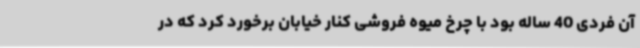
آن فردی 40 ساله بود با چرخ میوه فروشی کنار خیابان برخورد کرد که در